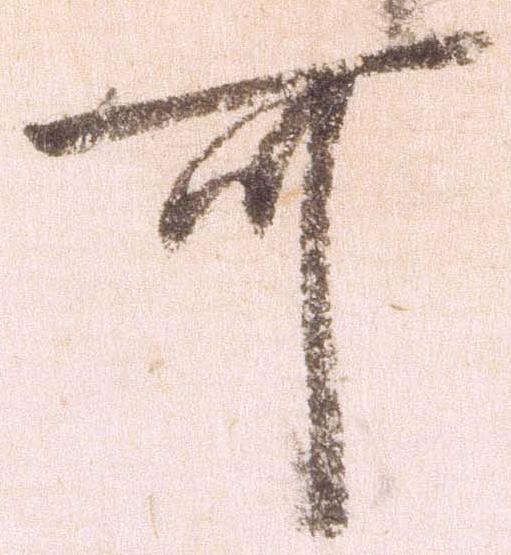
可